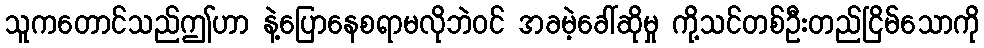
သူကတောင်သည်ဤဟာ နဲ့ပြောနေစရာမလိုဘဲဝင် အခမဲ့ခေါ်ဆိုမှု ကို့သင်တစ်ဦးတည်ငြိမ်သောကို